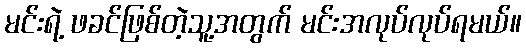
မင်းရဲ့ ဖခင်ဖြစ်တဲ့သူ့အတွက် မင်းအလုပ်လုပ်ရမယ်။